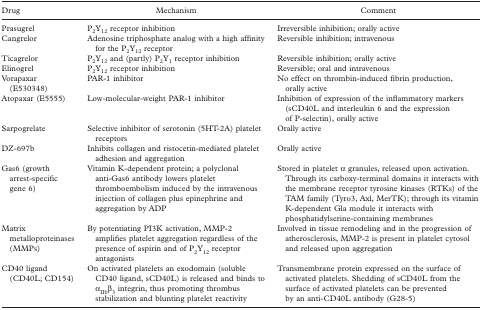
<table><thead><tr><td><b>Drug</b></td><td><b>Mechanism</b></td><td><b>Comment</b></td></tr></thead><tbody><tr><td>Prasugrel</td><td>P<sub>2</sub>Y<sub>12</sub> receptor inhibition</td><td>Irreversible inhibition; orally active</td></tr><tr><td>Cangrelor</td><td>Adenosine triphosphate analog with a high affinity for the P<sub>2</sub>Y<sub>12</sub> receptor</td><td>Reversible inhibition; intravenous</td></tr><tr><td>Ticagrelor</td><td>P<sub>2</sub>Y<sub>12</sub> and (partly) P<sub>2</sub>Y<sub>1</sub> receptor inhibition</td><td>Reversible inhibition; orally active</td></tr><tr><td>Elinogrel</td><td>P<sub>2</sub>Y<sub>12</sub> receptor inhibition</td><td>Reversible; oral and intravenous</td></tr><tr><td>Vorapaxar (E530348)</td><td>PAR-1 inhibitor</td><td>No effect on thrombin-induced fibrin production, orally active</td></tr><tr><td>Atopaxar (E5555)</td><td>Low-molecular-weight PAR-1 inhibitor</td><td>Inhibition of expression of the inflammatory markers (sCD40L and interleukin 6 and the expression of P-selectin), orally active</td></tr><tr><td>Sarpogrelate</td><td>Selective inhibitor of serotonin (5HT-2A) platelet receptors</td><td>Orally active</td></tr><tr><td>DZ-697b</td><td>Inhibits collagen and ristocetin-mediated platelet adhesion and aggregation</td><td>Orally active</td></tr><tr><td>Gas6 (growth arrest-specific gene 6)</td><td>Vitamin K-dependent protein; a polyclonal anti-Gas6 antibody lowers platelet thromboembolism induced by the intravenous injection of collagen plus epinephrine and aggregation by ADP</td><td>Stored in platelet a granules, released upon activation. Through its carboxy-terminal domains it interacts with the membrane receptor tyrosine kinases (RTKs) of the TAM family (Tyro3, Axl, MerTK); through its vitamin K-dependent Gla module it interacts with phosphatidylserine-containing membranes</td></tr><tr><td>Matrix metalloproteinases (MMPs)</td><td>By potentiating PI3K activation, MMP-2 amplifies platelet aggregation regardless of the presence of aspirin and of P<sub>2</sub>Y<sub>12</sub> receptor antagonists</td><td>Involved in tissue remodeling and in the progression of atherosclerosis, MMP-2 is present in platelet cytosol and released upon aggregation</td></tr><tr><td>CD40 ligand (CD40L; CD 154)</td><td>On activated platelets an exodomain (soluble CD40 ligand, sCD40L) is released and binds to α<sub>IIb</sub>β<sub>3</sub> integrin, thus promoting thrombus stabilization and blunting platelet reactivity</td><td>Transmembrane protein expressed on the surface of activated platelets. Shedding of sCD40L from the surface of activated platelets can be prevented by an anti-CD40L antibody (G28-5)</td></tr></tbody></table>